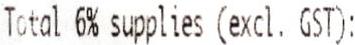
TOTAL 6% SUPPLIES (EXCL. GST):